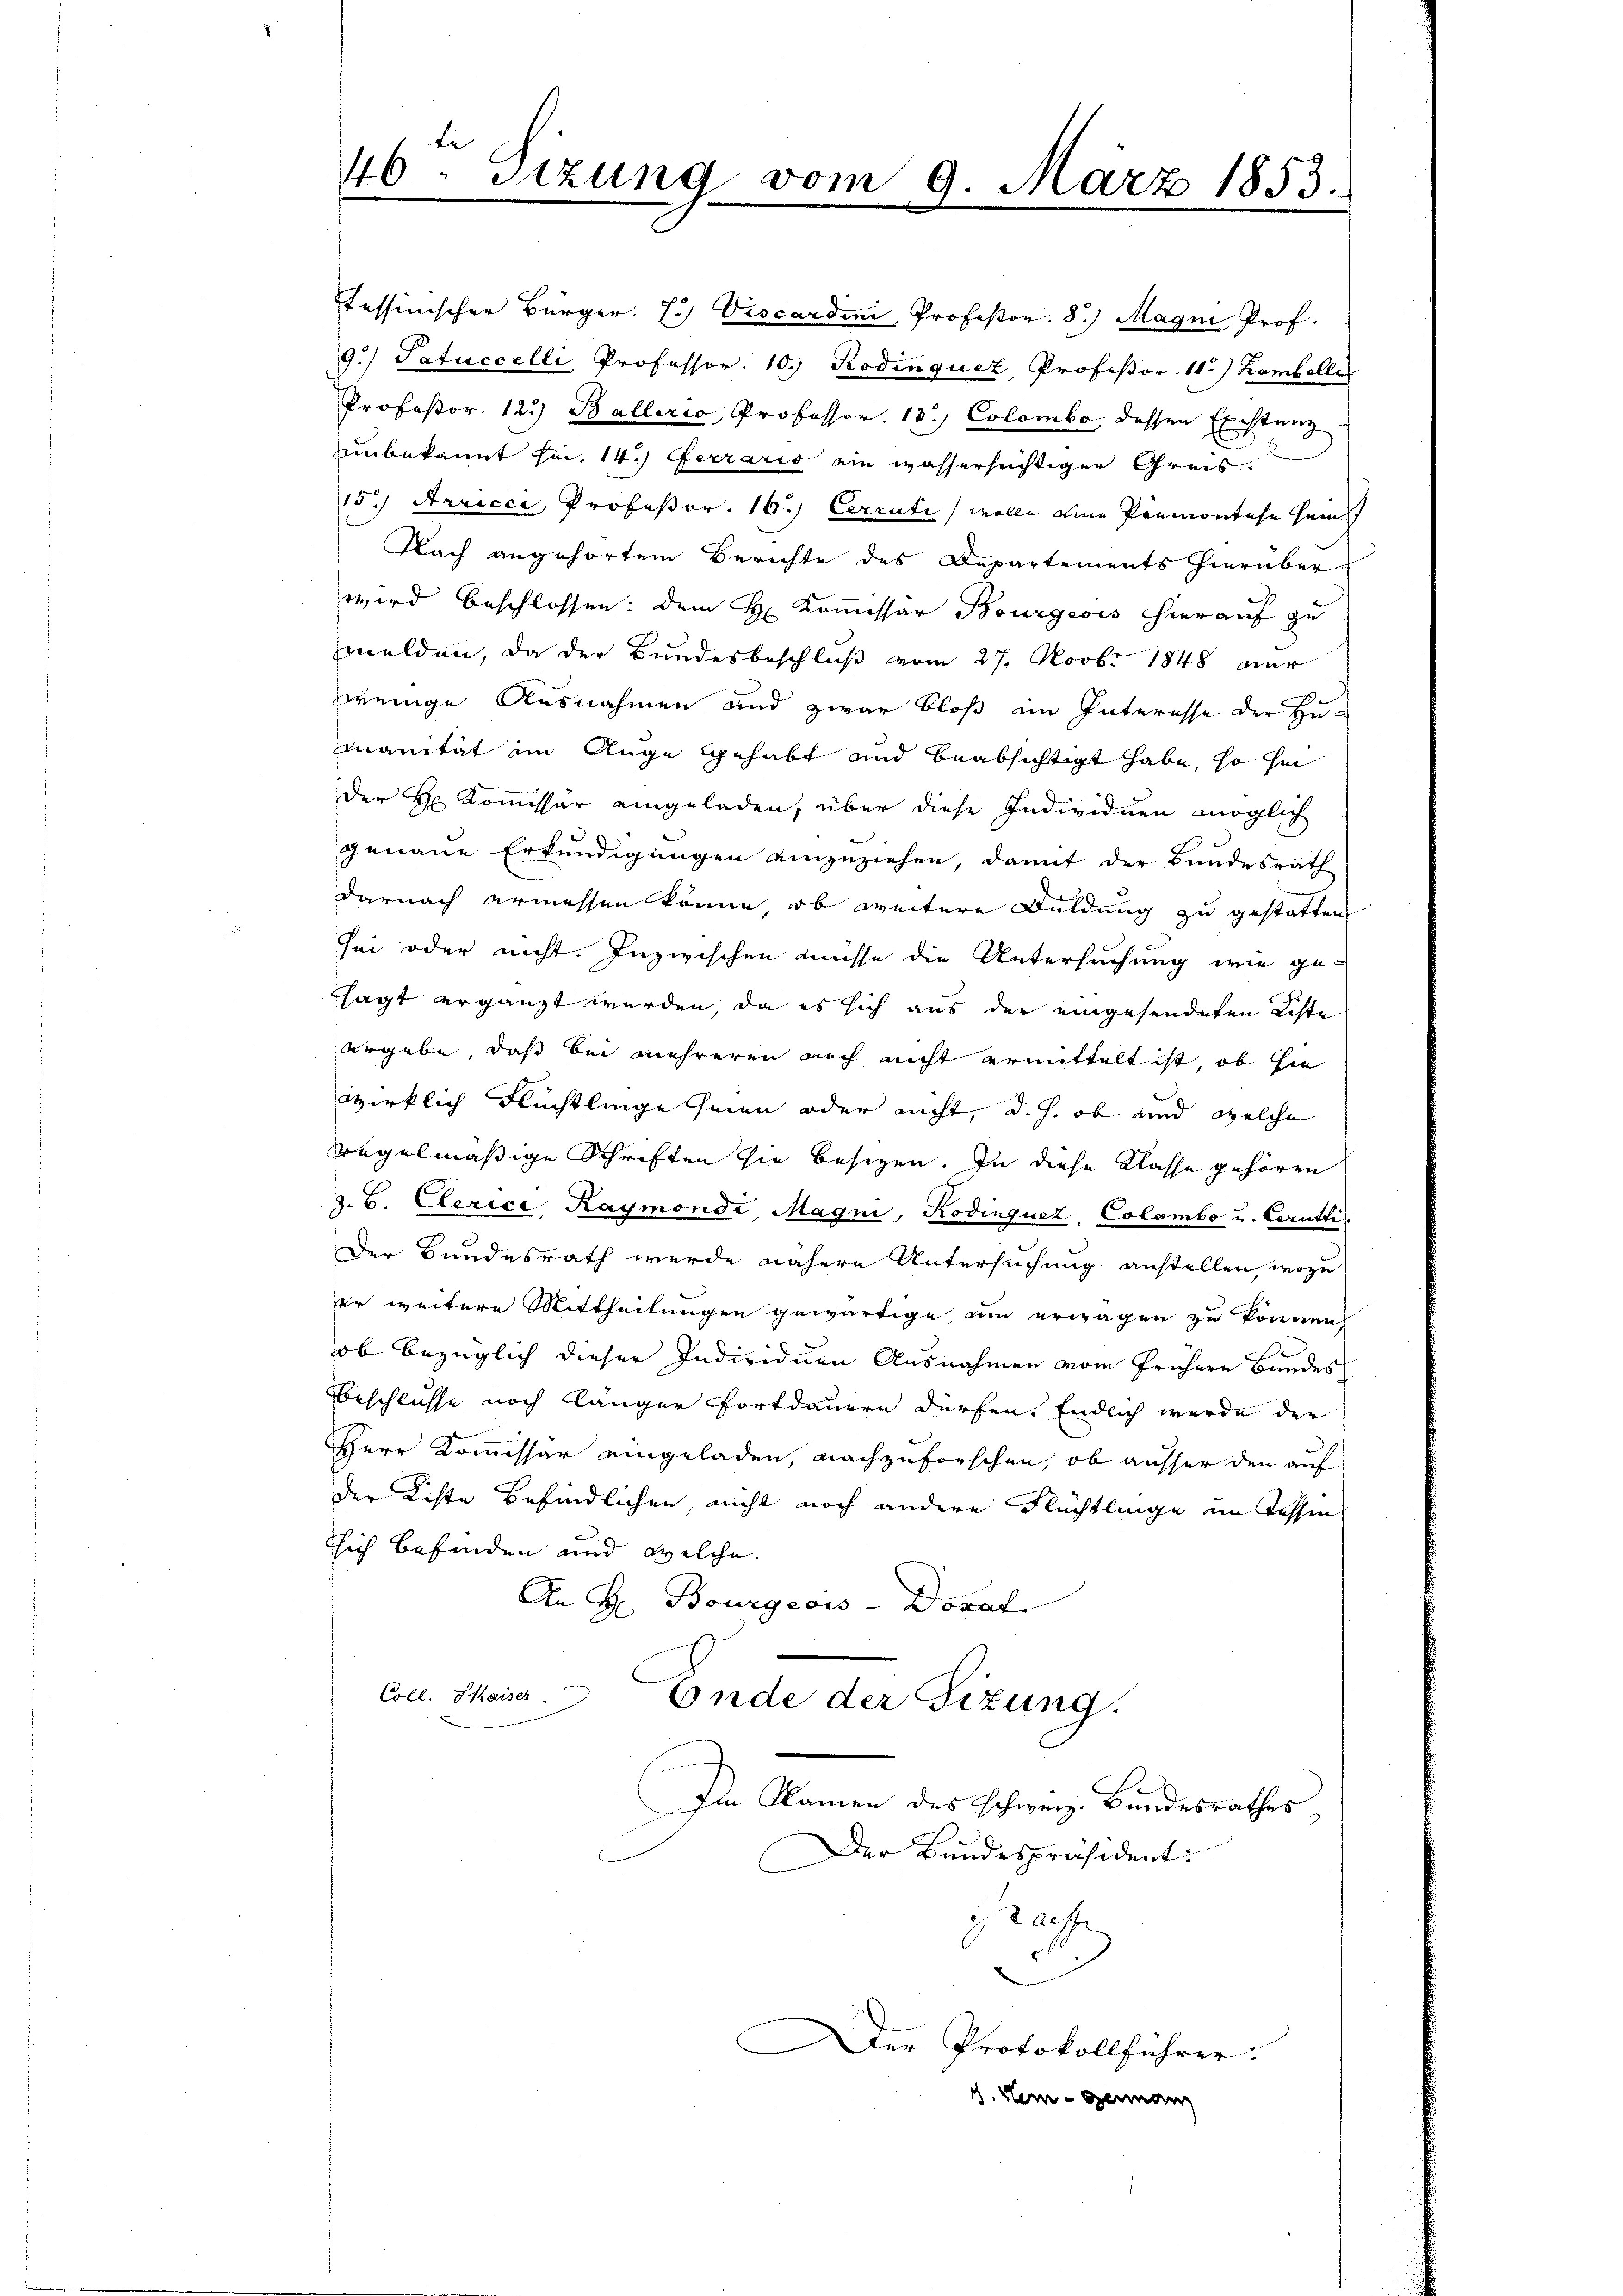
te
46. Sitzung vom 9. März 1853.

Tessinischer Bürger. E. Viscardini, Professor. 8) Magni Prof.
9.) Satuccelli Professor. 10. Rodinquez, Professor. 185) Lambelle
Professor. 123) Ballerio, Professor. 13.) Colombe, dessen Existenz
unbekannt Fr. 14.) Ferrario ein wassersüchtiger Greis¬
15) Arricci, Profeßor. 16.) Cerrüti wolle eine Parmontehr hei
Nach angehörtem Berichte des Departements hierüber-
wird beschlossen: dem H. Kommissar Bourgeois hierauf zu
melden, da der Bundesbeschluß vom 27. Novbr 1848 nur
wenige Ausnahmen und zwar bloß ein Interesse der Humanität im Auge gehabt und beabsichtigt habe, so hi
der Hr. Kommissär eingeladen, über diese Individuen möglich
genaue Erkundigungen einzuziehen, damit der Bundesrath
darnach ermessen könne, ob weitere Duldung zu gestatten
sei oder nicht. Inzwischen müsse die Untersuchung wie ge-
sagt ergänzt werden, da es sich aus der eingesendeten Liste
ergebe, daß bei mehreren noch nicht ermittelt ist, ob sie
wirklich Flüchtlinge seien oder nicht, d. h. ob und welche
sregelmäßige Schriften sie besitzen. In diese Klasse gehören
2. B. Clerice Kaymonde Magni, Rodinquez, Colombo u. Cerutti
Der Bundesrath werde nähere Untersuchung anstellen, wozu
er weitere Mittheilungen gewärtige am erwagen zu können,
ob bezüglich dieser Individuen Ausnahmen vom frühern Bundes
Beschlüsse noch länger Fortdauern dürfen. Endlich wurde der
Herr Kommissar eingeladen, nachzuforschen, ob ausser den auf
der Liste befindlichen, nicht noch andere Flüchtlinge im Tessin
tsich befinden und welche
An H. Bourgeois-Doraf.
Coll. Kaiser
Ende der Sizung.
Im Namen des Schweiz. Bundesrathes
Der Bundespräsident:
graffe

Der Protokollführer:

1. Sei der

e